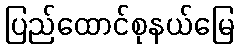
ပြည်ထောင်စုနယ်မြေ